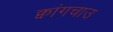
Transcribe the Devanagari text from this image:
क्वांगचाउ